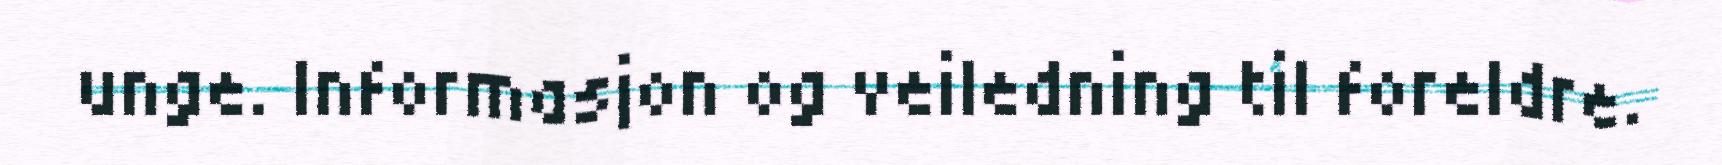
unge. Informasjon og veiledning til foreldre.